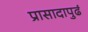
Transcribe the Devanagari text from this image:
प्रासादापुढं